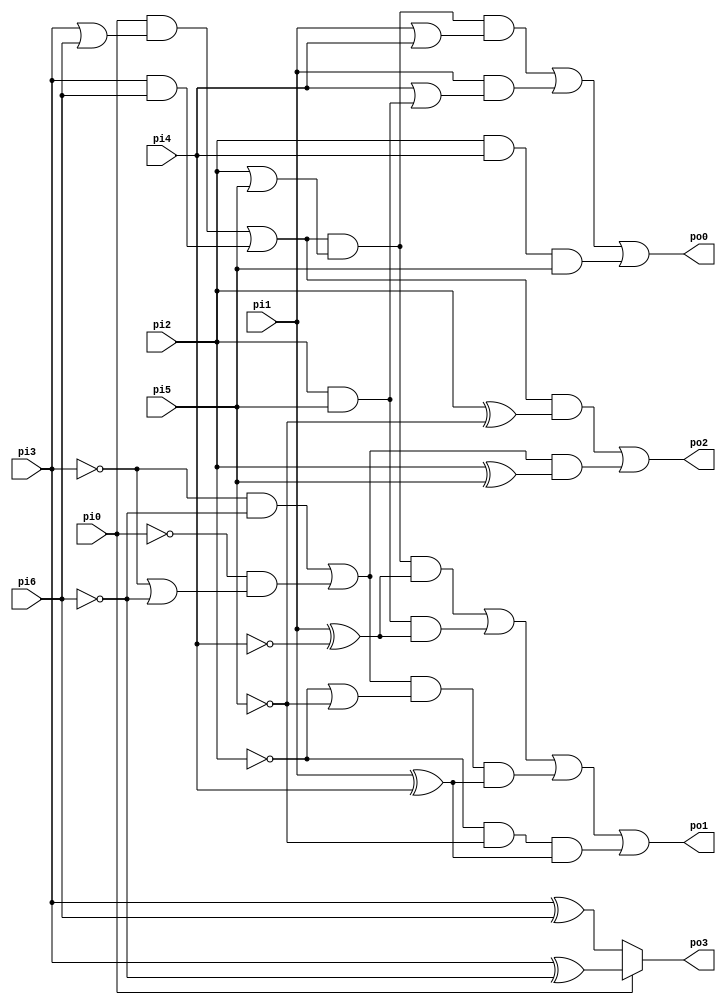
// Benchmark "z4ml" written by ABC on Thu Mar 19 13:02:36 2020

module z4ml ( 
    pi0, pi1, pi2, pi3, pi4, pi5, pi6,
    po0, po1, po2, po3  );
  input  pi0, pi1, pi2, pi3, pi4, pi5, pi6;
  output po0, po1, po2, po3;
  wire new_n16_, new_n17_, new_n18_, new_n19_;
  assign po0 = new_n16_;
  assign po1 = new_n17_;
  assign po2 = new_n18_;
  assign po3 = new_n19_;
  assign new_n16_ = (((pi0 & (pi3 | pi6)) | (pi3 & pi6)) & (pi2 | pi5) & (pi1 | pi4)) | (pi1 & (pi4 | (pi2 & pi5))) | (pi2 & pi4 & pi5);
  assign new_n17_ = (((pi0 & (pi3 | pi6)) | (pi3 & pi6)) & (pi2 | pi5) & (pi1 ^ ~pi4)) | (pi2 & pi5 & (pi1 ^ ~pi4)) | (((~pi3 & ~pi6) | (~pi0 & (~pi3 | ~pi6))) & (~pi2 | ~pi5) & (pi1 ^ pi4)) | (~pi2 & ~pi5 & (pi1 ^ pi4));
  assign new_n18_ = (((pi0 & (pi3 | pi6)) | (pi3 & pi6)) & (pi2 ^ ~pi5)) | (((~pi3 & ~pi6) | (~pi0 & (~pi3 | ~pi6))) & (pi2 ^ pi5));
  assign new_n19_ = pi0 ? (pi3 ^ ~pi6) : (pi3 ^ pi6);
endmodule